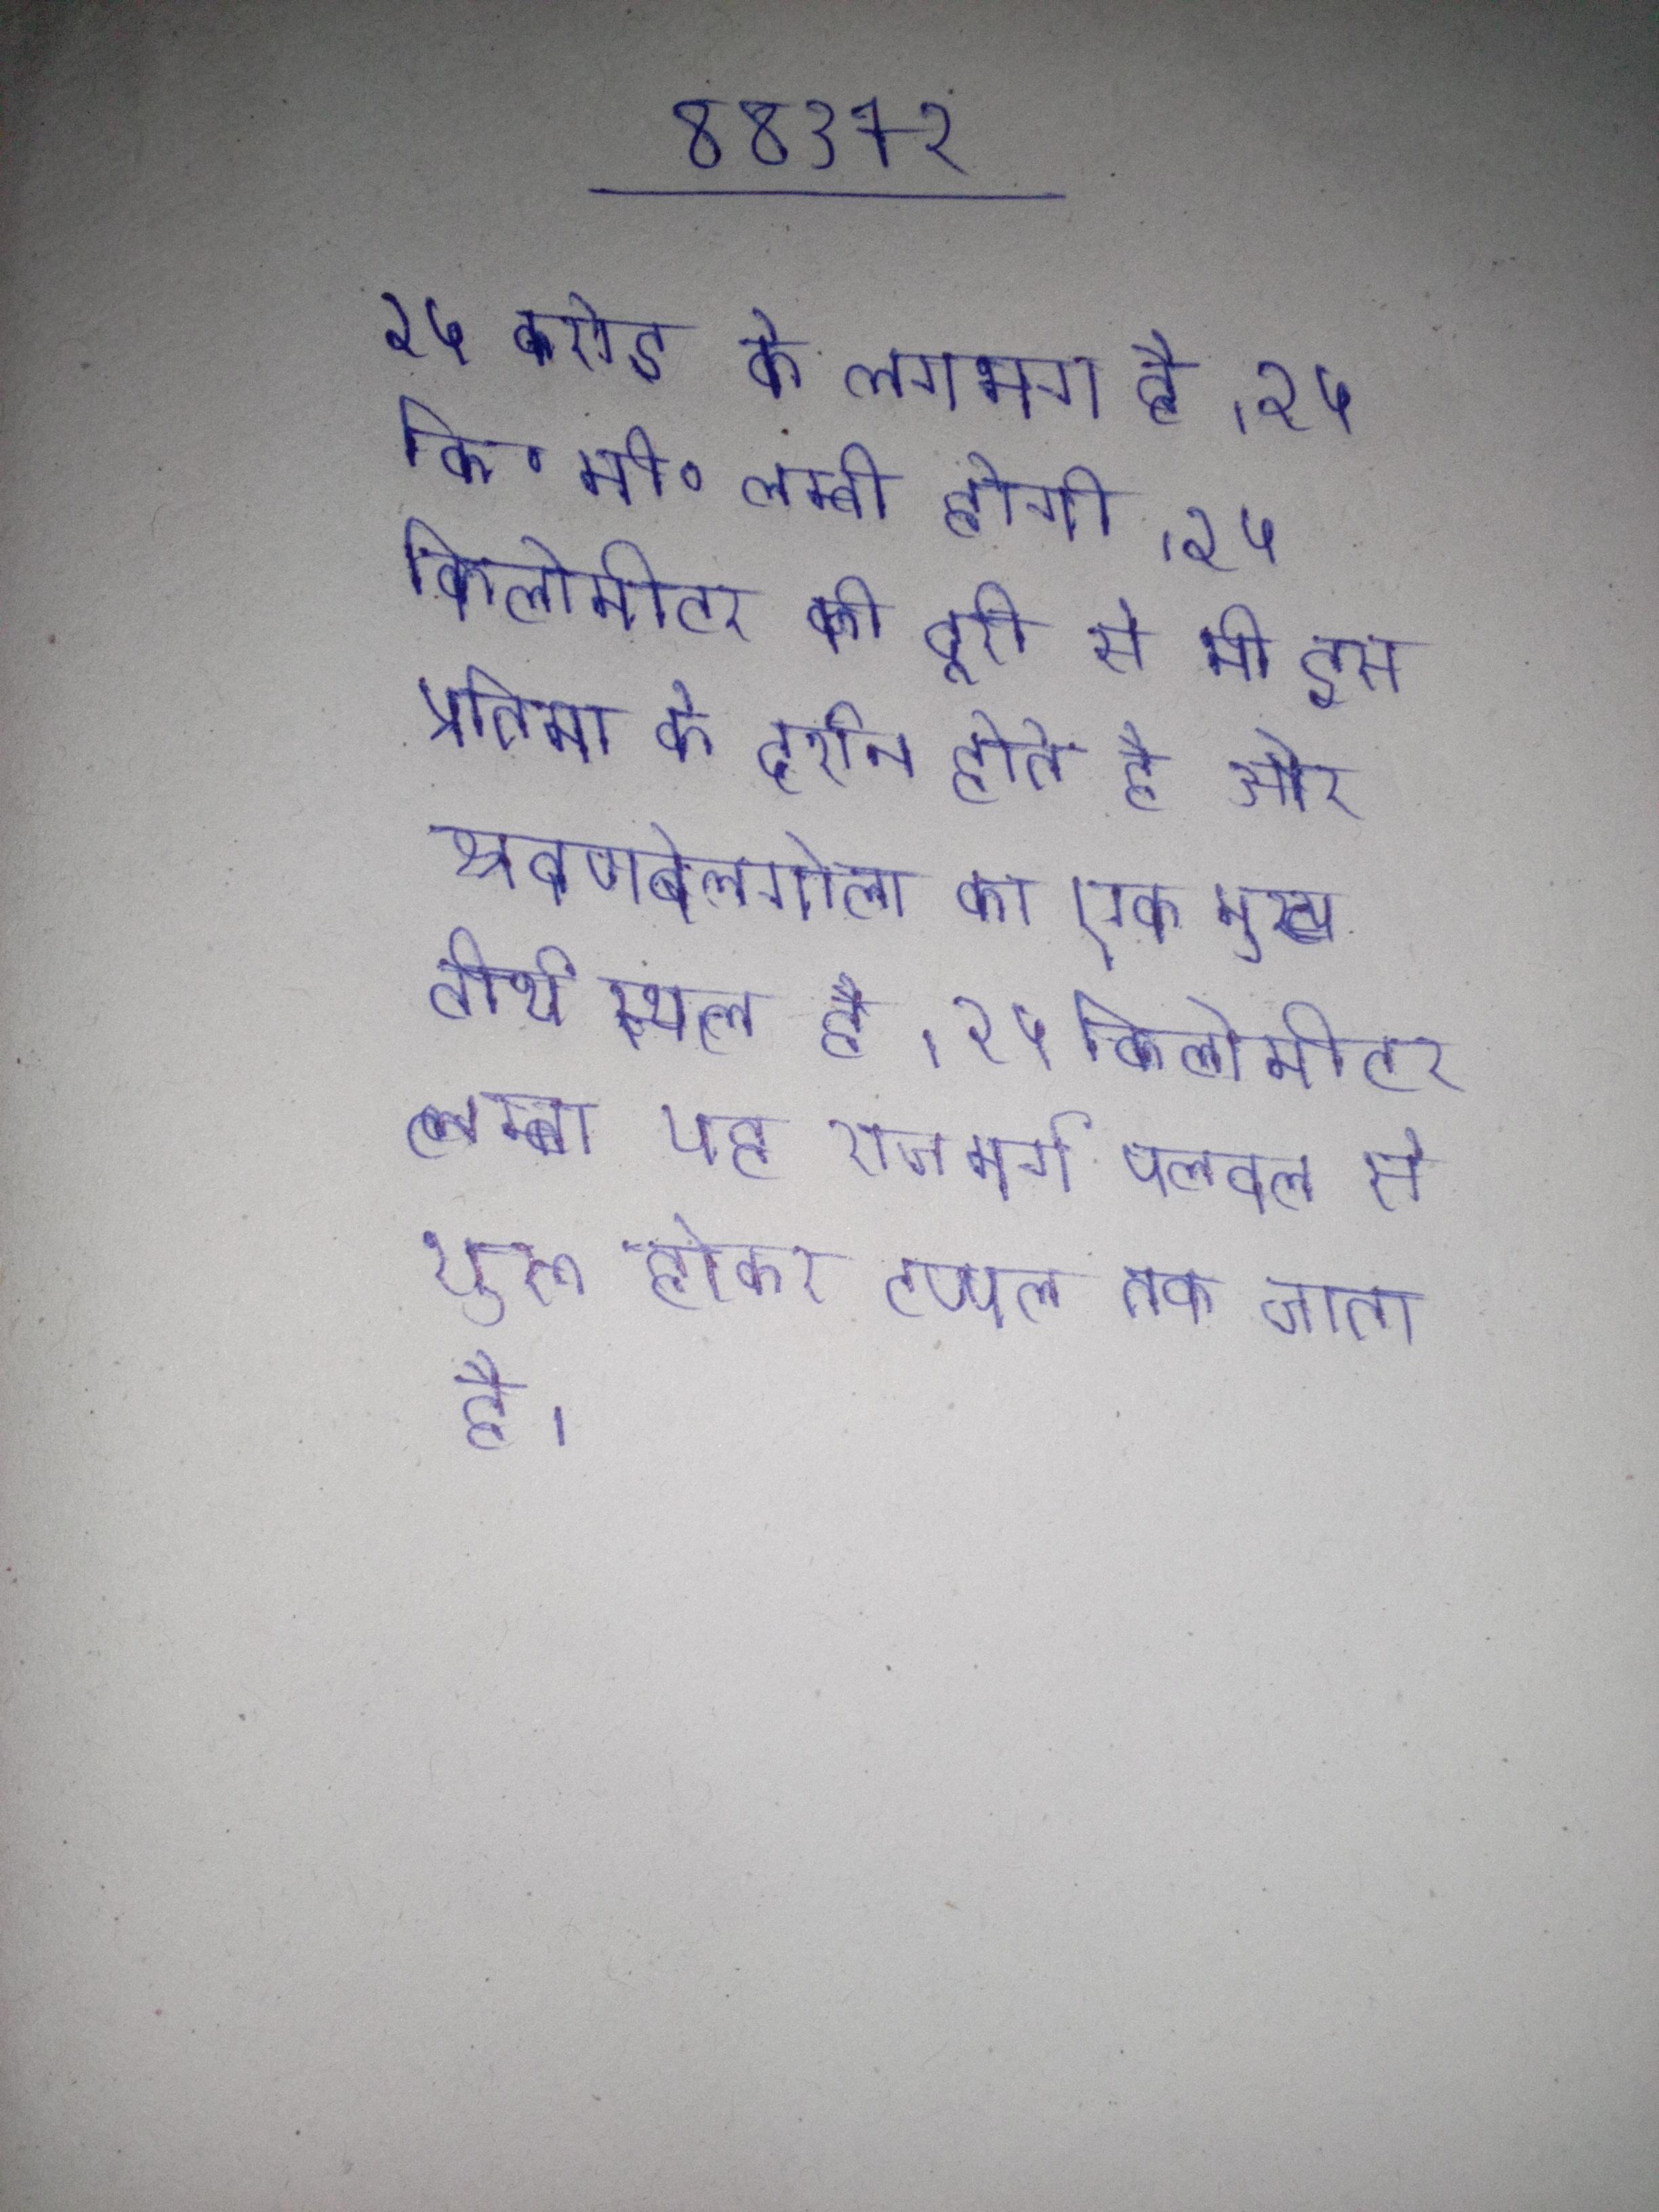
२५ करोड के लगभग है । २५ कि॰मी॰ लम्बी होगी । २५ किलोमीटर की दूरी से भी इस प्रतिमा के दर्शन होते है और श्रवणबेलगोला का एक मुख्य तीर्थ स्थल है । २५ किलोमीटर लम्बा यह राजमार्ग पलवल से शुरू होकर टप्पल तक जाता है ।